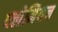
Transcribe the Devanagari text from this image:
फ्लेमियन